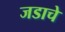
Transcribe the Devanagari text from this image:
जडाचे